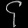
Digit: ၄